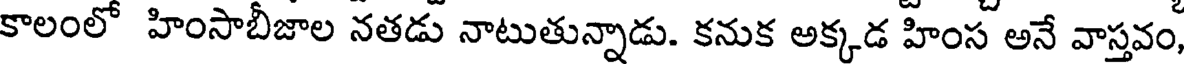
కాలంలో హింసాబీజాల నతడు నాటుతున్నాడు. కనుక అక్కడ హింస అనే వాస్తవం,